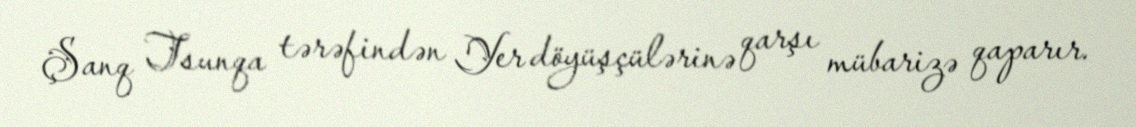
Şanq Tsunqa tərəfindən Yer döyüşçülərinə qarşı mübarizə qaparır.